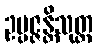
ဥပ္ပဇ္ဇန္တိသုတ္တ